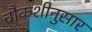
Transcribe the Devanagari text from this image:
चौकशीनुसार